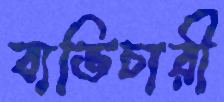
ব্যভিচারী